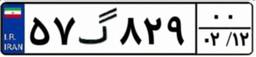
۷۸گ۱۱۸۵۶